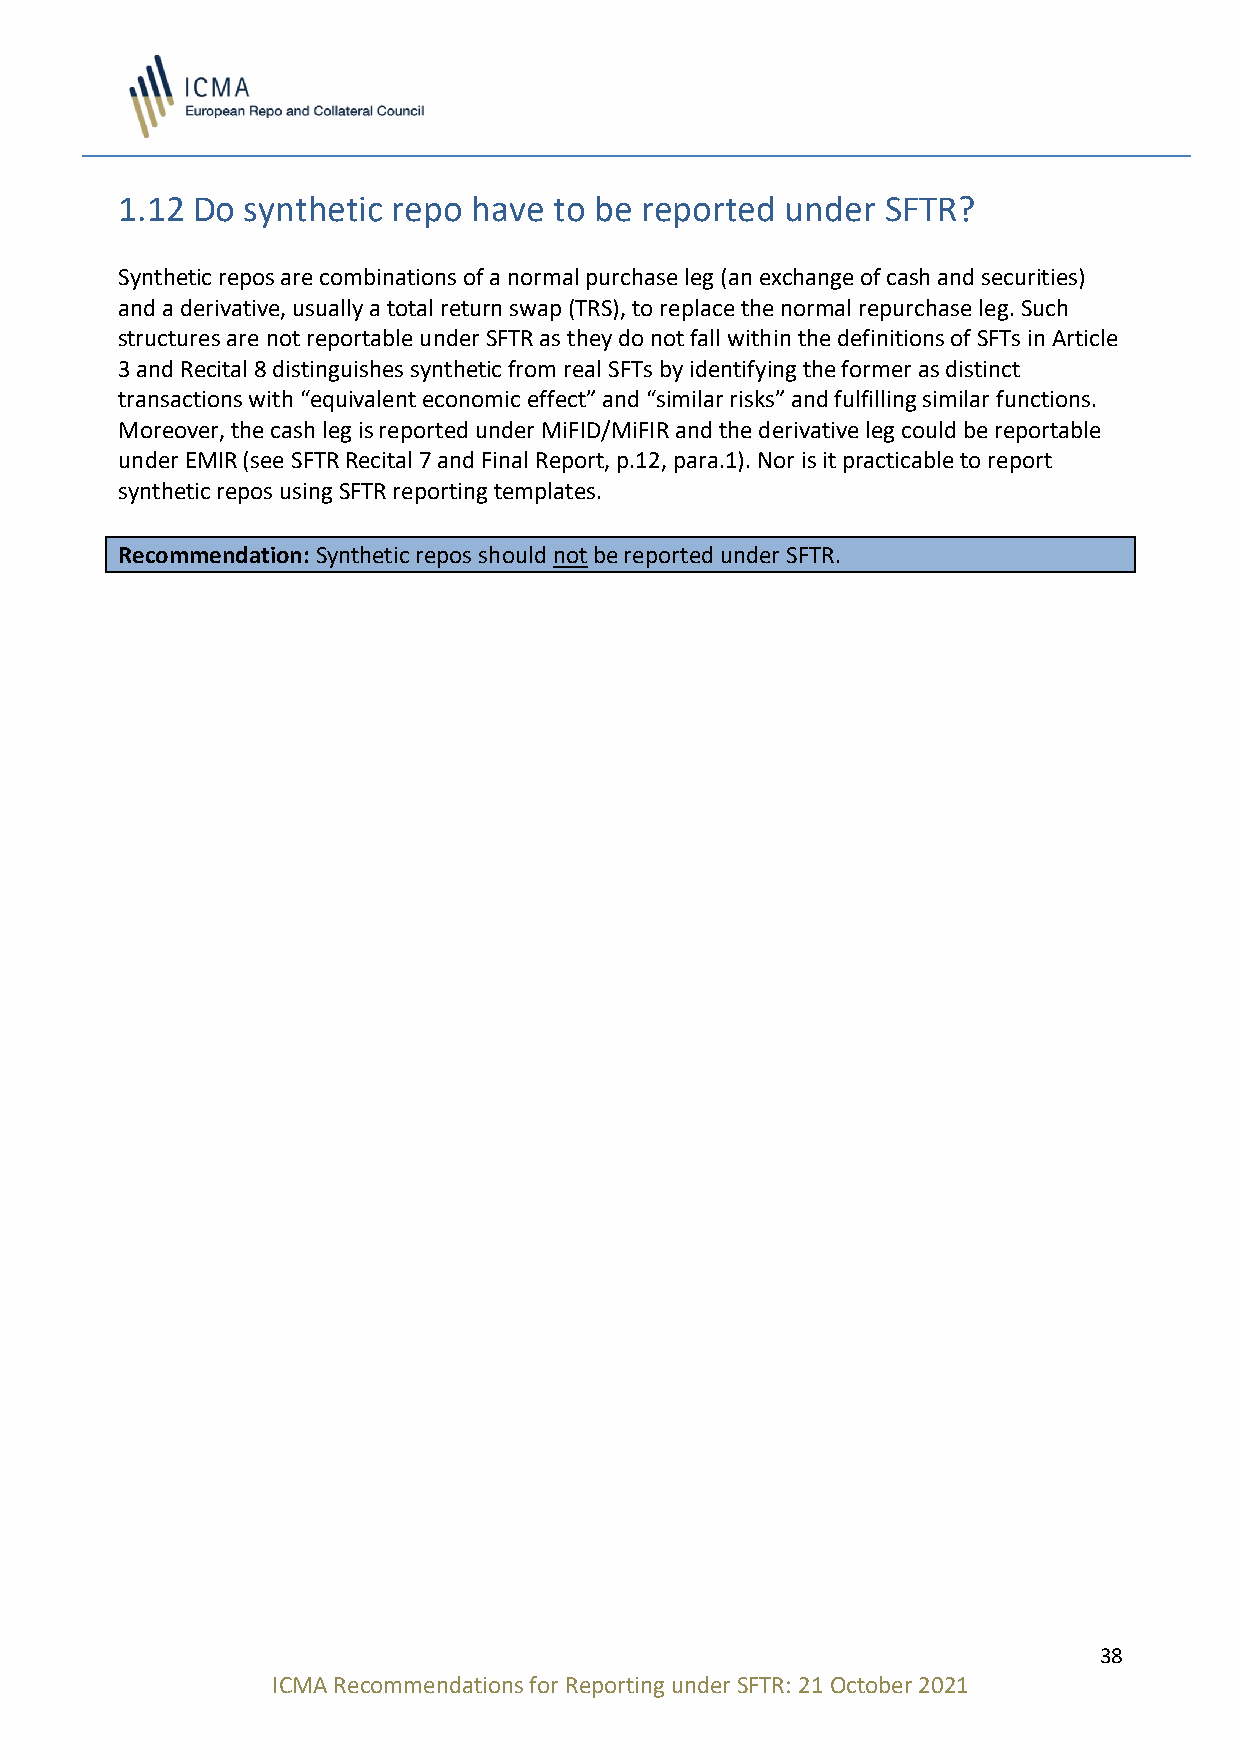
1.12 Do synthetic repo have  to be reported under  SFTR?
 Synthetic repos are combinations of a normal purchase leg (an exchange of cash and securities)
 and a derivative, usually a total return swap (TRS), to replace the normal repurchase leg. Such
 structures are not reportable under SFTR as they do not fall within the definitions of SFTs in Article
 3 and Recital 8 distinguishes synthetic from real SFTs by identifying the former as distinct
 transactions with “equivalent economic effect” and “similar risks” and fulfilling similar functions.
 Moreover, the cash leg is reported under MiFID/MiFIR and the derivative leg could be reportable
 under EMIR (see SFTR Recital 7 and Final Report, p.12, para.1). Nor is it practicable to report
 synthetic repos using SFTR reporting templates.
 Recommendation: Synthetic repos should not be reported under SFTR.
 38
 ICMA Recommendations for Reporting under SFTR: 21 October 2021